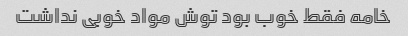
خامه فقط خوب بود توش مواد خوبی نداشت